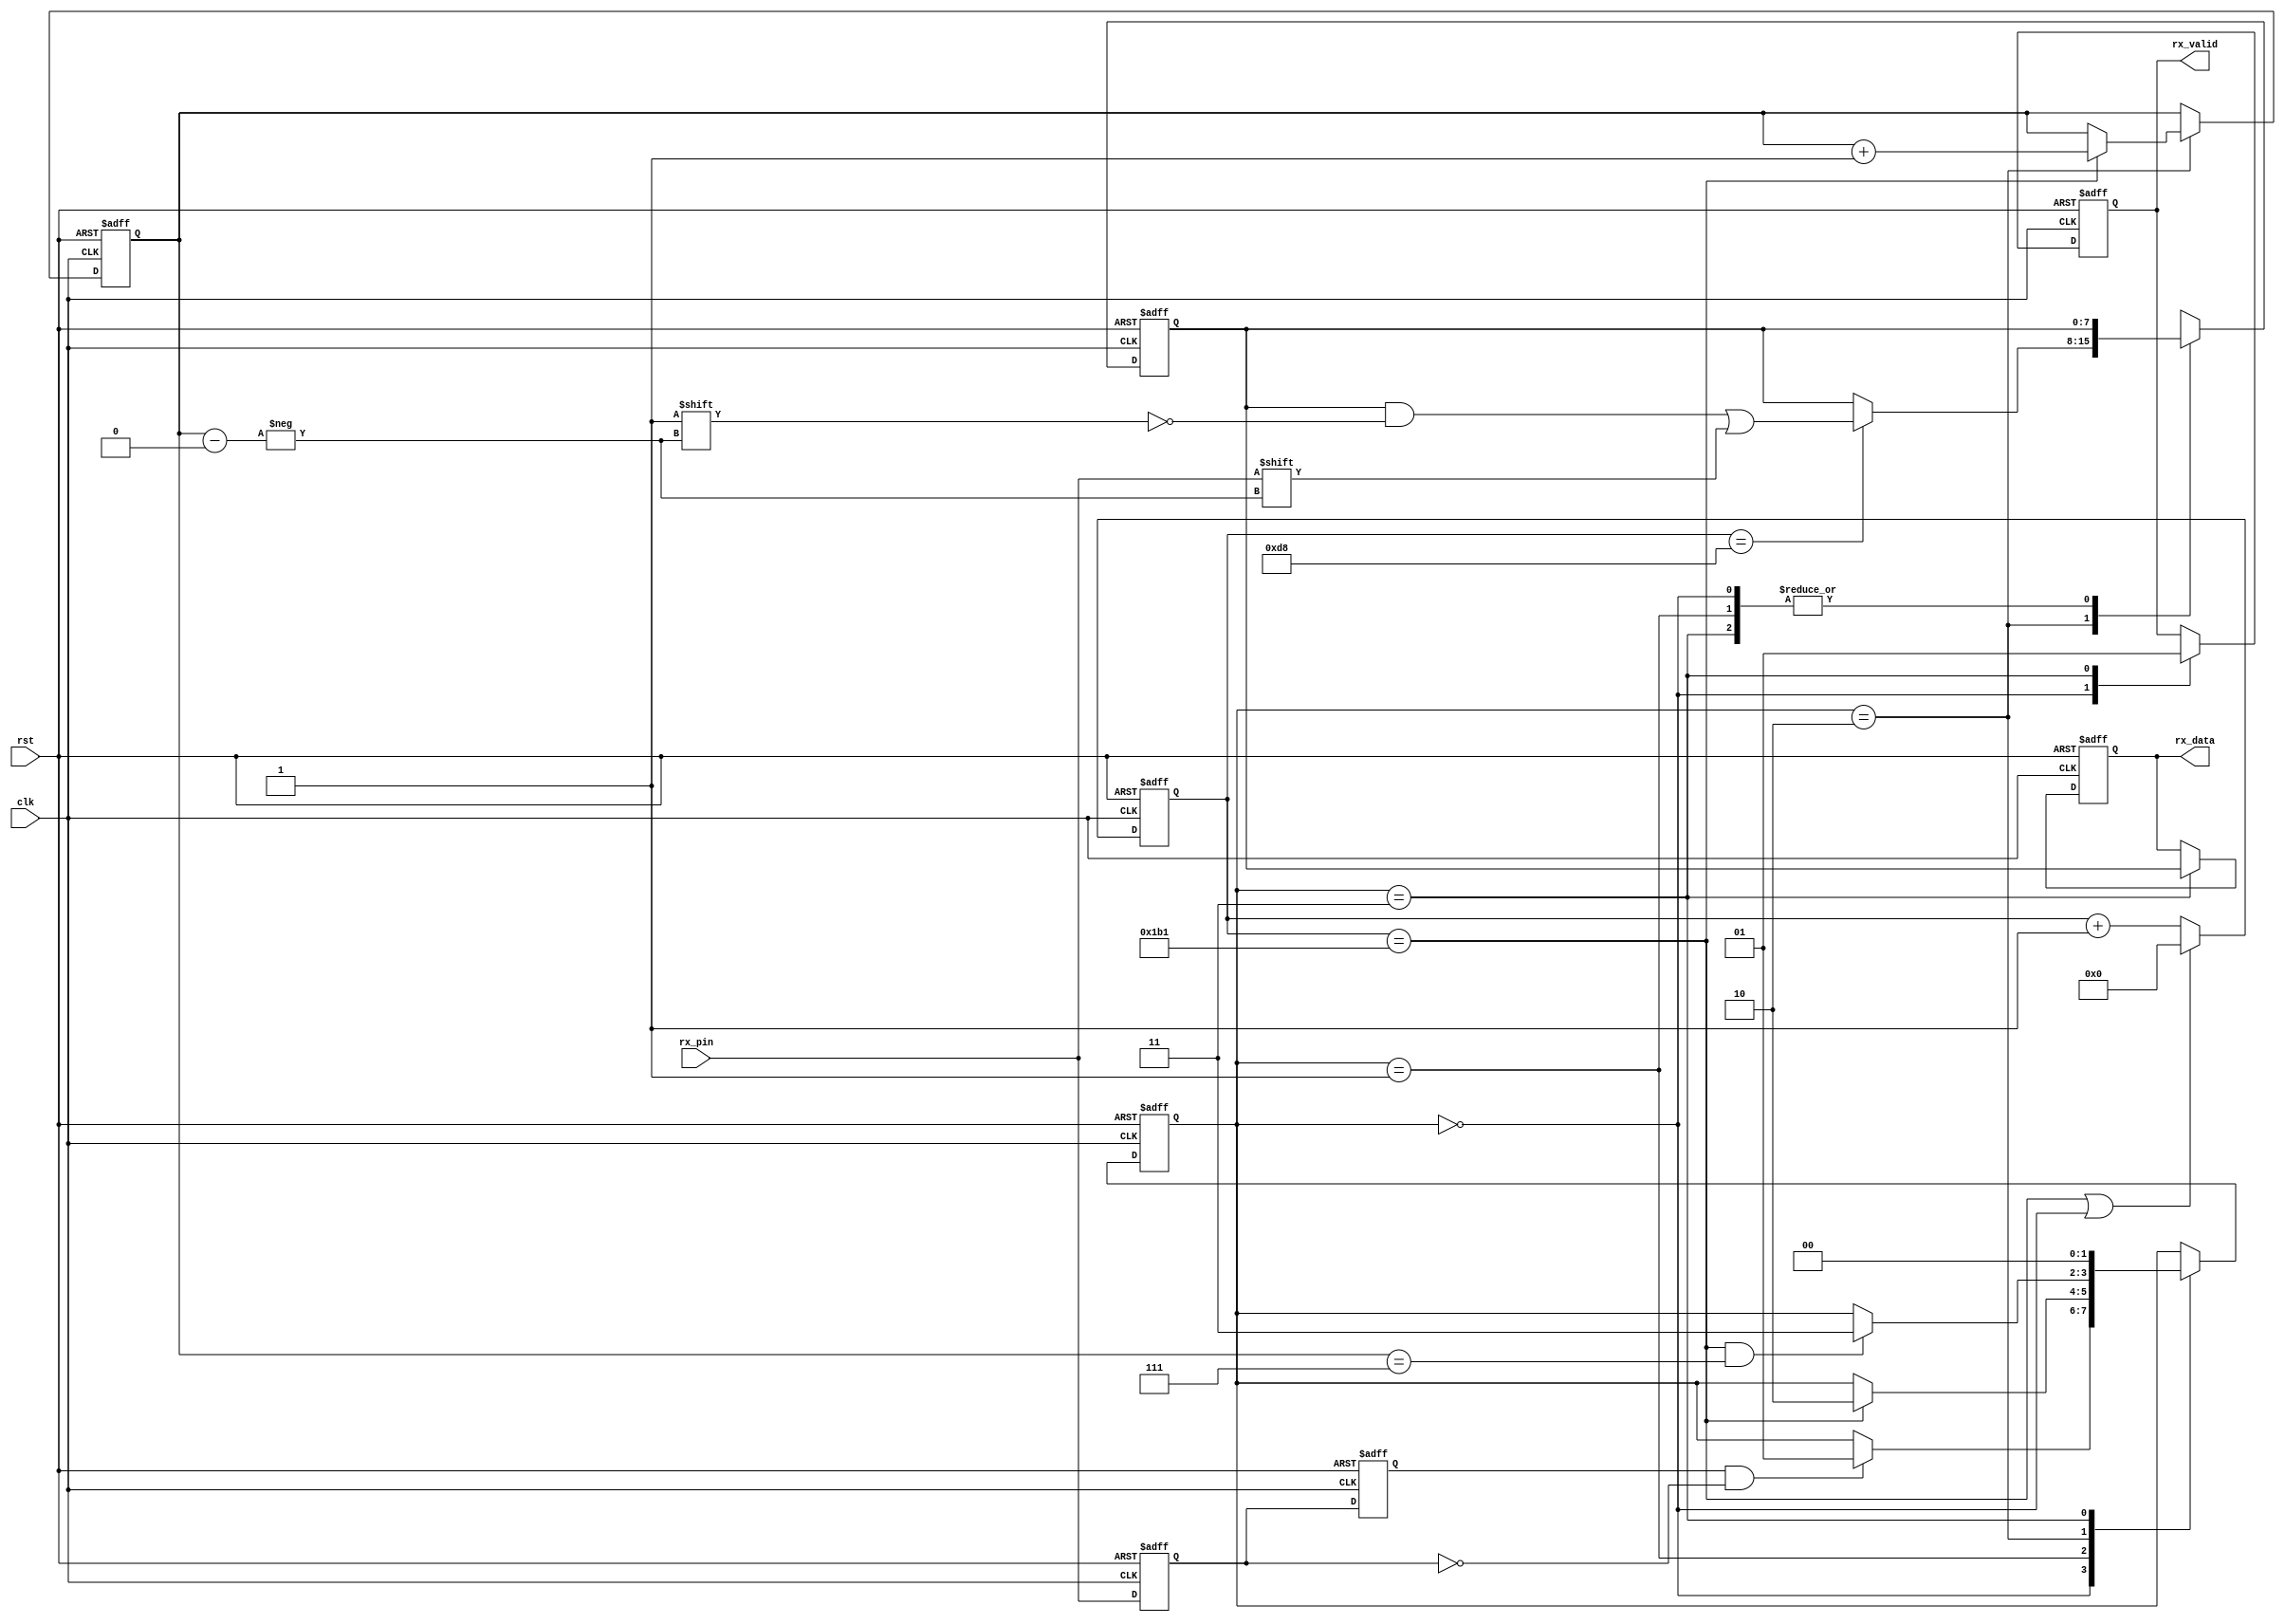
module uart_rx #(
    parameter CLK_FRE = 50,           // clock frequency(Mhz)
    parameter BAUD_RATE = 115200,     // serial baud rate
    parameter STOP_BIT_W = 2'b00, 	  //00: stop_bit = 1; 01: stop_bit = 1.5 ; 10 : stop_bit = 2
	parameter CHECKSUM_MODE = 2'b00,  //00:space, 01:odd ,10:even ,11:mask
	parameter CHECKSUM_EN = 1'b0
)(
    input  wire       clk,       // clock input
    input  wire       rst,       // asynchronous reset input, high active 
    input  wire       rx_pin,    // serial data input
    output reg        rx_valid,  // received serial data is valid
    output reg  [7:0] rx_data    // received serial data
);

// calculates the clock cycle for baud rate 
localparam CYCLE = CLK_FRE * 1000000 / BAUD_RATE;
// state machine code
localparam STATE_IDLE  = 2'b00;
localparam STATE_START = 2'b01;  // start bit
localparam STATE_DATA  = 2'b10;  // data bits
localparam STATE_STOP  = 2'b11;  // stop bit
reg  [1:0]  state;

reg  [7:0]  rx_bits;     // temporary storage of received data
reg  [15:0] cycle_cnt;   // baud counter
reg  [2:0]  bit_cnt;     // bit counter
reg         rx_d0;       // delay 1 clock for rx_pin
reg         rx_d1;       // delay 1 clock for rx_d0
wire        rx_negedge;  // negedge of rx_pin

assign rx_negedge = rx_d1 && ~rx_d0;

// synchronize asynchronous signals
always @(posedge clk or posedge rst) begin
    if (rst) begin
        rx_d0 <= 1'b0;
        rx_d1 <= 1'b0;	
    end
    else begin
        rx_d0 <= rx_pin;
        rx_d1 <= rx_d0;
    end
end

always @(posedge clk or posedge rst) begin
    if (rst)
        cycle_cnt <= 16'd0;
    else if((cycle_cnt == CYCLE - 1) || state == STATE_IDLE)
        cycle_cnt <= 16'd0;
    else
        cycle_cnt <= cycle_cnt + 16'd1;	
end

always @(posedge clk or posedge rst) begin
    if (rst) begin
       state <= STATE_IDLE;
       rx_valid <= 1'b0;
       rx_data <= 8'd0;
       bit_cnt <= 3'd0;
       rx_bits <= 8'd0;
    end
    else
        case (state)
        STATE_IDLE:begin
            if(rx_negedge)
                state <= STATE_START;
            rx_valid <= 1'b0;
            end
        STATE_START:
            if (cycle_cnt == CYCLE - 1)  // one data cycle 
                state <= STATE_DATA;
        STATE_DATA: begin
            if (cycle_cnt == CYCLE - 1 && bit_cnt == 3'd7)  // receive 8bit data
                state <= STATE_STOP;
            if (cycle_cnt == CYCLE - 1)
                bit_cnt <= bit_cnt + 3'd1;
            else
                bit_cnt <= bit_cnt;
            if (cycle_cnt == CYCLE/2 - 1)
                rx_bits[bit_cnt] <= rx_pin;
            end
        STATE_STOP: begin
            state <= STATE_IDLE;  // avoid missing the next byte receiver, skip stop bit
            rx_valid <= 1'b1;
            rx_data <= rx_bits;
            end
        default: 
            state <= STATE_IDLE;
        endcase
end

endmodule